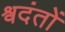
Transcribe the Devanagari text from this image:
श्वदंतों